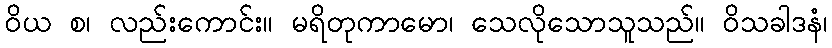
ဝိယ စ၊ လည်းကောင်း။ မရိတုကာမော၊ သေလိုသောသူသည်။ ဝိသခါဒနံ၊